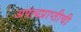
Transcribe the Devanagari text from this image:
अपत्यप्राप्तीची